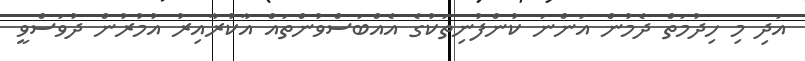
އަދި މި ހިދުމަތް ދެމުން އަންނަ ކުންފުނިތަކުގެ އެއްބަސްވުންތައް އާކުރާއިރު އުމުރުން ދުވަސްވީ